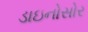
ડાઇનોસોર